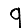
Digit: 9